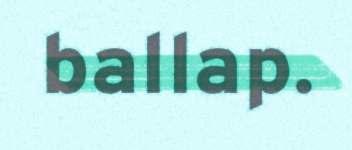
ballap.